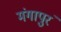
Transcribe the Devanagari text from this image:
मंगापुरं